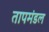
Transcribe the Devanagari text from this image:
तापमंडल